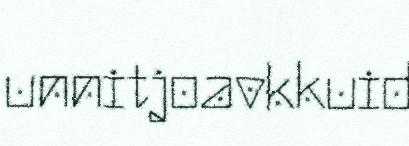
unnitjoavkkuid